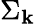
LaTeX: \Sigma_{\mathbf{k}}